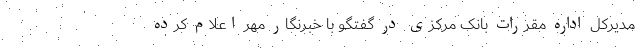
مدیرکل اداره مقررات بانک مرکزی در گفتگو با خبرنگار مهر اعلام کرده